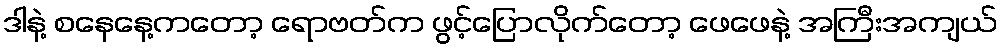
ဒါနဲ့ စနေနေ့ကတော့ ရောဗတ်က ဖွင့်ပြောလိုက်တော့ ဖေဖေနဲ့ အကြီးအကျယ်